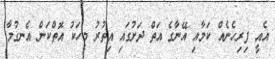
އެއީ ފިރިހެނެއް ކަމާއި އޭނާގެ އަތް ދަށުގައި އިތުރު މީހަކު އޮތްކަން އެނގުމާ